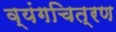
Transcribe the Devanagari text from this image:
व्यंगचित्रण